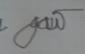
Signature authenticity: forged